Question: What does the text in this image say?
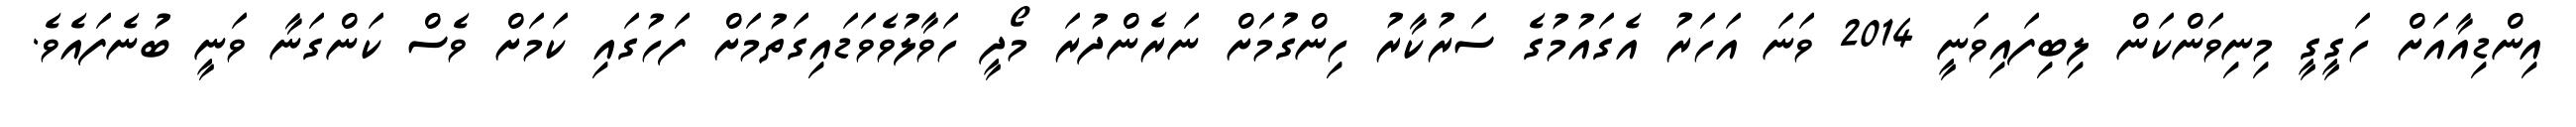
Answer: އިންޑިއާއަށް ހަގީގީ މިނިވަންކަން ލިބިފައިވަނީ 2014 ވަނަ އަހަރު އެގައުމުގެ ސަރުކާރު ހިންގުމަށް ނަރެންދުރަ މޯދީ ހަވާލުވެވަޑައިގަތުމަށް ފަހުގައި ކަމަށް ވެސް ކަންގަނާ ވަނީ ބުނެފައެވެ.